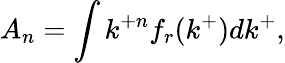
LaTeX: A_{n}=\int k^{+n}f_{r}(k^{+})dk^{+},